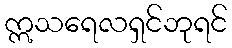
ဣသရေလရှင်ဘုရင်